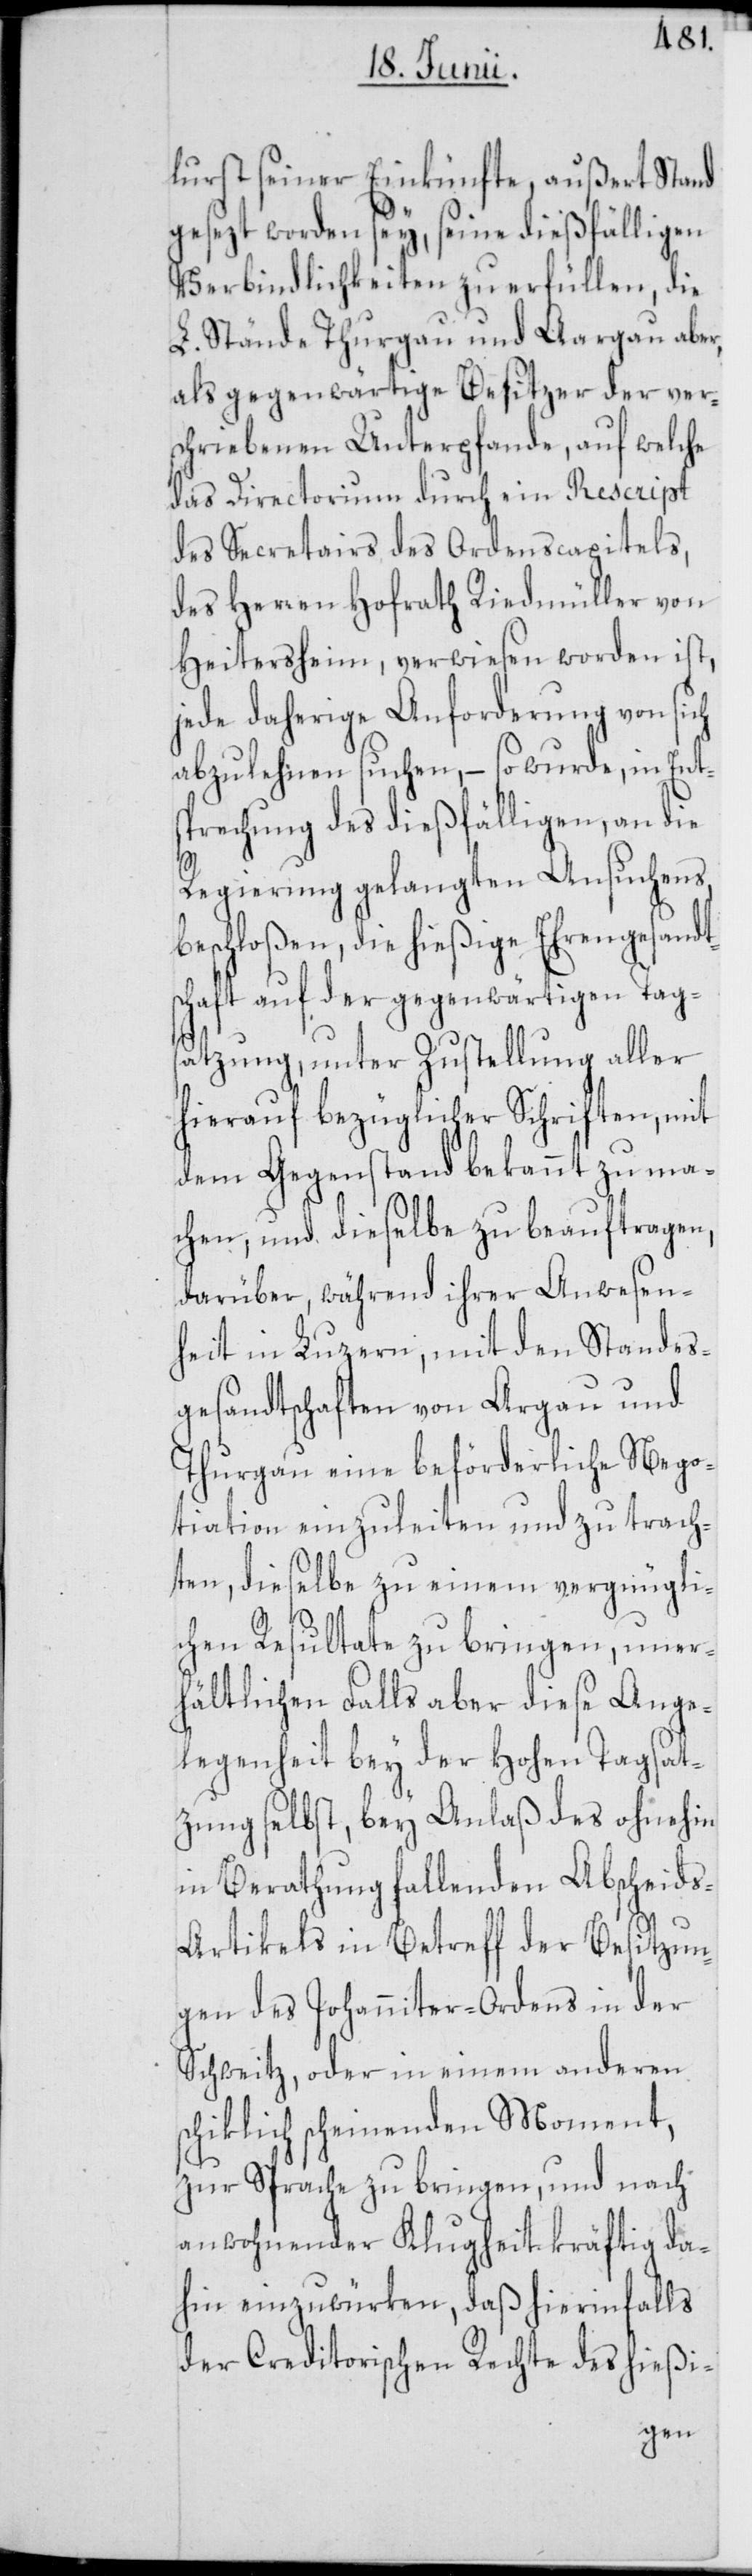
lurst seiner Einkünfte, außert Stand
gesezt worden sey, seine dießfälligen
Verbindlichkeiten zu erfüllen, die
L. Stände Thurgau und Aargau aber,
als gegenwärtige Besitzer der ver¬
schriebenen Unterpfande, auf welche
das Directorium durch ein Rescript
des Secretairs des Ordenscapitels,
des Herren Hofrath Riedmüller von
Heitersheim, verwiesen worden ist,
jede daherige Anforderung von sich
abzulehnen suchen, – so wurde, in Ent¬
sprechung des dießfälligen, an die
Regierung gelangten Ansuchens,
beschloßen, die hießige Ehrengesandt¬
schaft auf der gegenwärtigen Tag¬
satzung, unter Zustellung aller
hierauf bezüglicher Schriften, mit
dem Gegenstand bekannt zu ma¬
chen, und dieselbe zu beauftragen,
darüber während ihrer Anwesen¬
heit in Luzern, mit den Standes¬
gesandtschaften von Argau und
Thurgau eine beförderliche Nego¬
tiation einzuleiten und zu trach¬
ten, dieselbe zu einem vergnügli¬
chen Resultate zu bringen, uner¬
hältlichen Falls aber diese Ange¬
legenheit bey der Hohen Tagsat¬
zung selbst, bey Anlaß des ohnehin
in Berathung fallenden Abscheid¬
s-Artikels in Betreff der Besitzun¬
gen des Johanniter-Ordens in der
Schweitz, oder in einem anderen
schiklich scheinenden Moment,
zur Sprache zu bringen, und nach
anwohnender Klugheit kräftig da¬
hin einzuwürken, das hierinfalls
der Creditorischen Rechte des hießi-